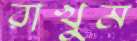
রাখুম